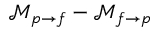
\mathcal { M } _ { p \rightarrow f } - \mathcal { M } _ { f \rightarrow p }